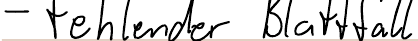
- fehlender Blattfall